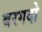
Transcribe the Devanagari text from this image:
बरगदो